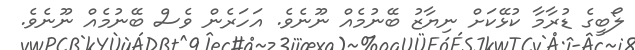
ލޯބީގެ ޑުރާމާ ކުޅޭކަށް ނިޔާޒު ބޭނުމެއް ނޫނެވެ. އަހަރެން ވެސް ބޭނުމެއް ނޫނެވެ.